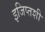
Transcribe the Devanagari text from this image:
इजिप्तशी